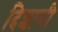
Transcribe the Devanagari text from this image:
दिशानी